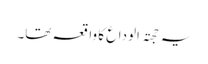
یہ حجتہ الوداع کا واقعہ تھا۔